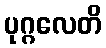
ပုဂ္ဂလေတိ